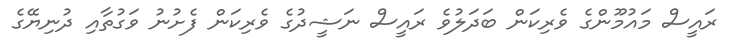
ރައީސް މައުމޫންގެ ވެރިކަން ބަދަލުވެ ރައީސް ނަޝީދުގެ ވެރިކަން ފެށުނު ވަގުތާއި ދުނިޔޭގެ